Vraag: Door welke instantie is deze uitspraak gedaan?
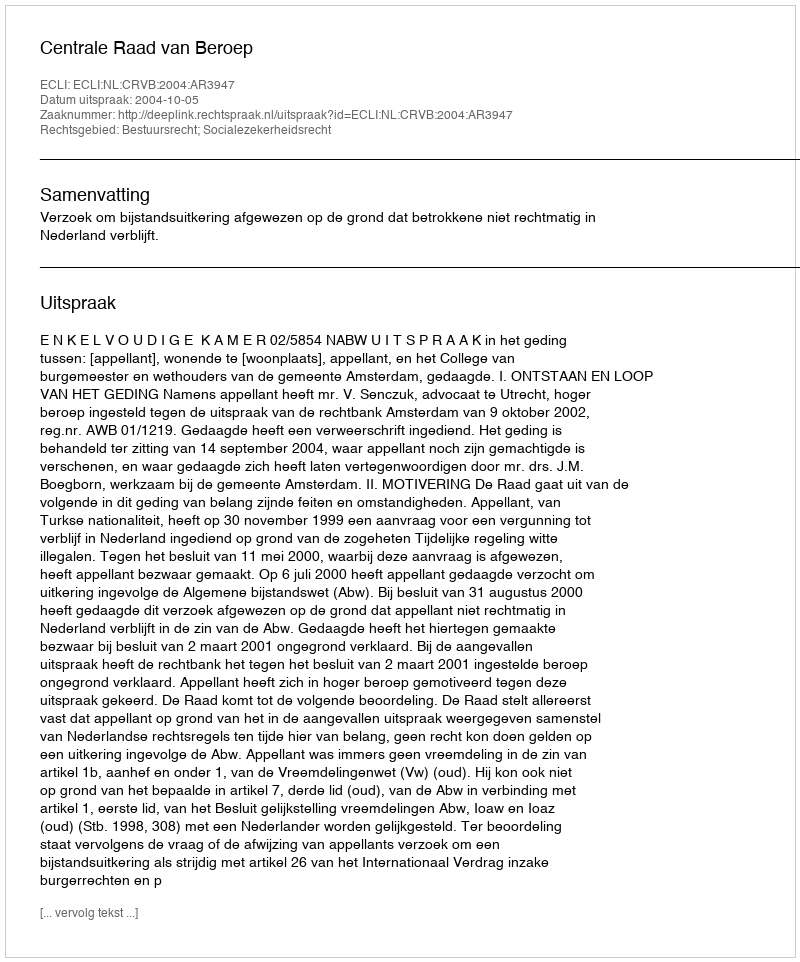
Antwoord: Centrale Raad van Beroep